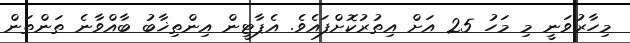
މިހާރުވަނީ މި މަހު 25 އަށް އިތުރުކޮށްފައެވެ. އެޕާޓީން އިންތިޚާބު ބާއްވާނެ ތަންތަން